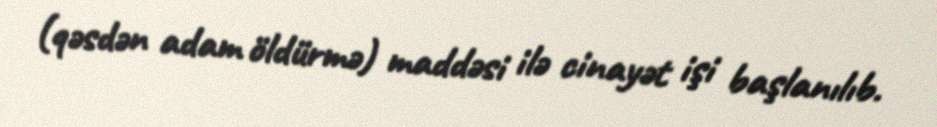
(qəsdən adam öldürmə) maddəsi ilə cinayət işi başlanılıb.